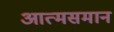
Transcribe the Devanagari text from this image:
आत्मसमान